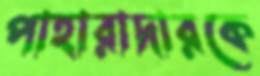
পাহারাদারকে